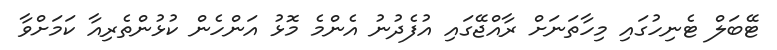
ޓޭބަލް ޓެނިހުގައި މިހާތަނަށް ރާއްޖޭގައި އުފެދުނު އެންމެ މޮޅު އަންހެން ކުޅުންތެރިއާ ކަމަށްވާ